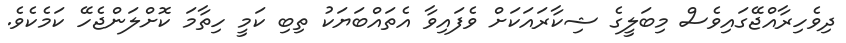
ދިވެހިރާއްޖޭގައިވެސް މިބަލީގެ ޝިކާރައަކަށް ވެފައިވާ އެތައްބަޔަކު ތިބި ކަމީ ހިތާމަ ކޮށްލަންޖެހޭ ކަމެކެވެ.